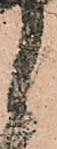
候